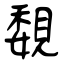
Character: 覣